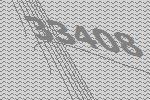
33408